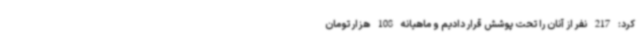
کرد: 217 نفر از آنان را تحت پوشش قرار دادیم و ماهیانه 108 هزار تومان